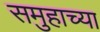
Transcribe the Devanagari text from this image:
समुहाच्या